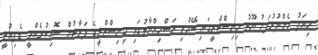
މިއަދު މެންދުރުފަހު ޔޫތު މިނިސްޓްރީގައި ބޭއްވި ރަސްމިއްޔާތުގައި މިނިސްޓްރީގެ ފަރާތުން ސޮއިކުރެއްވީ ޑެޕިއުޓީ